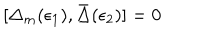
LaTeX: [ \Delta _ { m } ( \epsilon _ { 1 } ) , \bar { \Delta } ( \epsilon _ { 2 } ) ] = 0